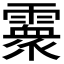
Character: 𩅧